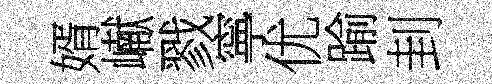
婿𪩘戮寧优踰刲